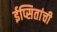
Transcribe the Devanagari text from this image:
ईप्सितांची